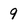
Character: 9